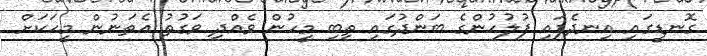
ގޮނޑީގައި އިނދެފައި ފުލުހުންގެ ބަންދުގައި ތިބި މީހުން ވެއްދި ވަގުތު އެތަނުން މީހަކަށް